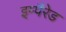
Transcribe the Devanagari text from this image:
इम्पैरेड